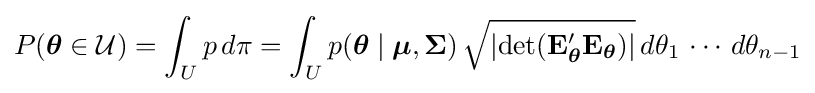
P({\boldsymbol {\theta }}\in {\mathcal {U}})=\int _{U}p\,d\pi =\int _{U}p({\boldsymbol {\theta }}\mid {\boldsymbol {\mu }},{\boldsymbol {\Sigma }})\,{\sqrt {\left|\operatorname {det} (\mathbf {E} _{\boldsymbol {\theta }}'\mathbf {E} _{\boldsymbol {\theta }})\right|}}\,d\theta _{1}\,\cdots \,d\theta _{n-1}